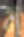
ম